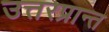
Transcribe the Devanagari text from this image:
उत्तरप्रान्त